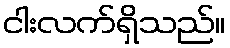
ငါးလက်ရှိသည်။